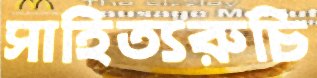
সাহিত্যরুচি